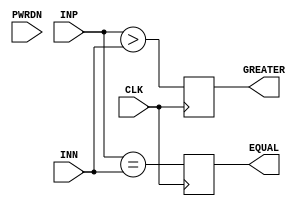
module GP_DCMP(input[7:0] INP, input[7:0] INN, input CLK, input PWRDN, output reg GREATER, output reg EQUAL);
	parameter PWRDN_SYNC = 1'b0;
	parameter CLK_EDGE = "RISING";
	parameter GREATER_OR_EQUAL = 1'b0;

	//TODO implement power-down mode

	initial GREATER = 0;
	initial EQUAL = 0;

	wire clk_minv = (CLK_EDGE == "RISING") ? CLK : ~CLK;
	always @(posedge clk_minv) begin
		if(GREATER_OR_EQUAL)
			GREATER <= (INP >= INN);
		else
			GREATER <= (INP > INN);

		EQUAL <= (INP == INN);
	end

endmodule